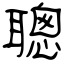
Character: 聰